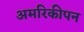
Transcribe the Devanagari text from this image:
अमरिकीपन